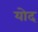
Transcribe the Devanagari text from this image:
योद